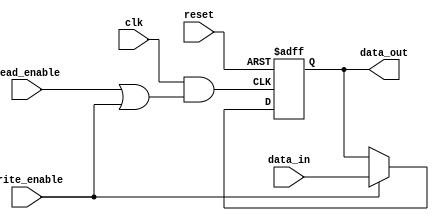
module memory_block (
    input wire clk,             // Main clock
    input wire reset,           // Reset signal
    input wire read_enable,     // Enable signal for read operation
    input wire write_enable,    // Enable signal for write operation
    output reg [7:0] data_out,  // Data output
    input wire [7:0] data_in    // Data input
);

// Internal signals
wire gated_clk;               // Gated clock signal
wire clk_gate_en;             // Clock gating enable signal

// Clock Gating Control Logic
assign clk_gate_en = read_enable | write_enable; // Clock is enabled if reading or writing

// Clock Gating Cell (AND gate for gating the clock)
assign gated_clk = clk & clk_gate_en;

// Synchronous process for memory operation
always @(posedge gated_clk or posedge reset) begin
    if (reset) begin
        data_out <= 8'b0;  // Reset output data
    end else if (write_enable) begin
        data_out <= data_in; // Memory write operation
    end else if (read_enable) begin
        // Assume some logic to handle memory read, for simplicity we just keep data_out unchanged
    end
end

endmodule